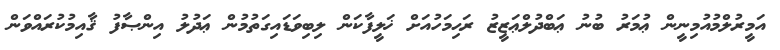
އަމީރުލްމުއުމިނީން ޢުމަރު ބުނު ޢަބްދުލްޢަޒީޒު ރަޙިމަހުއަށް ޚަލީފާކަން ލިބިވަޑައިގަތުމުން ޢަދުލު އިންޞާފު ޤާއިމުކުރައްވަން